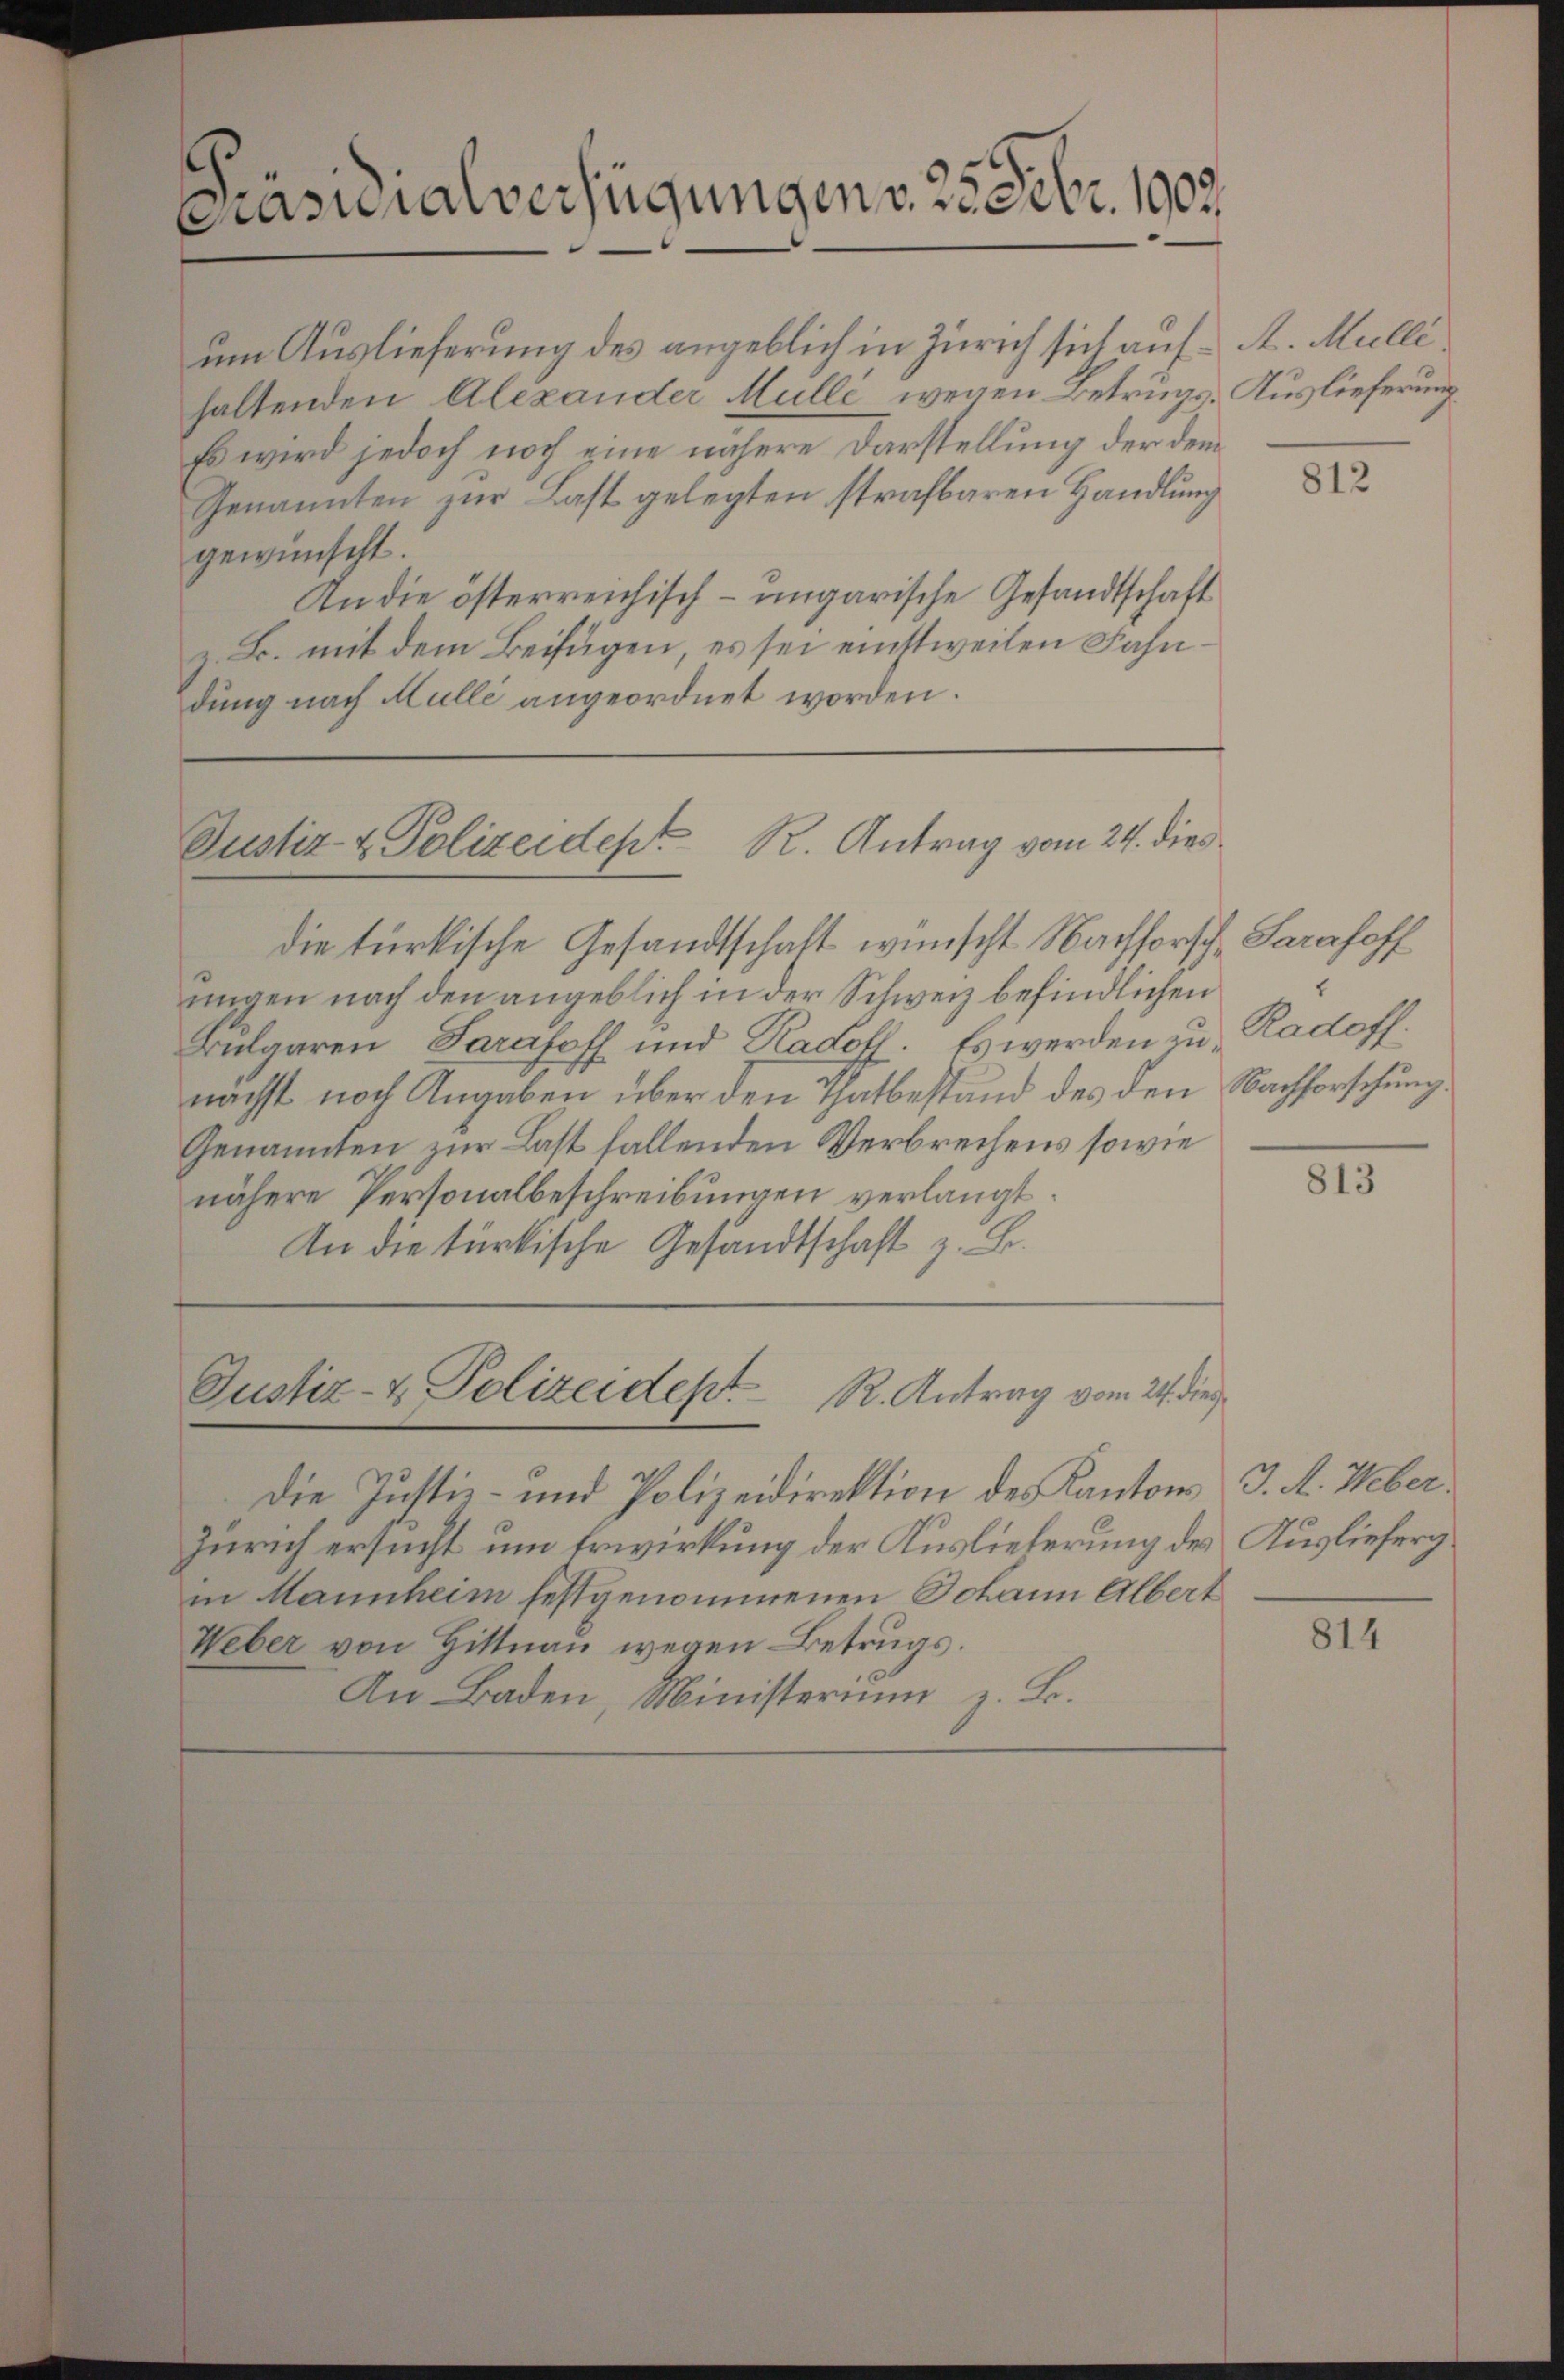
Casialverfügungen v. 25 Febr. 1902.

um Auslieferung des angeblich in Zürich sich auf A. Mulli
haltenden Alexander Mulli wegen Betrugs- Auslieferung
Es wird jedoch noch eine nähere Darstellung der dem
Genannten zur Last gelegten strafbaren Handlung
gewünscht.
An die österreichisch-ungarische Gesandtschaft
z. B. mit dem Beifügen, es sei einstweilen Fahn
dung nach Mullé angeordnet worden.

Justiz- & Polizeidept R. Antrag vom 24. dies

Justiz- & Polizeidept R. Antrag vom 24. die

die türkische Gesandtschaft wünscht Nachforsch Sarahoff
ungen nach den angeblich in der Schweiz befindlichen
Bulgaren Sarafoff und Radoff. Es werden zunächst noch Angaben über den Thatbestand des den Nachforschung.
Genannten zur Last fallenden Verbrechens sowie
nähere Personalbeschreibungen verlangt.
An die türkische Gesandtschaft z. B.

Die Justiz- und Polizeidirektion des Kantons J. A. Weber¬
Zürich ersucht um Erwirkung der Auslieferung des Ausliefergin Mannheim festgenommenen Johann Albert
Weber von Hittnau wegen Betrugs.
An Baden, Ministerium z. B.

812

Radoff:

813

814